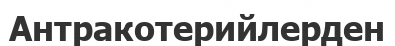
Антракотерийлерден